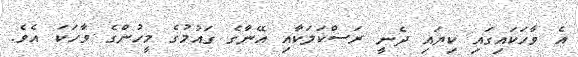
އެ ވާހަކައިގައި ކިޔައި ދެނީ ރަސްކަލަކާއި އޭނާގެ ގައުމުގެ މީހުންގެ ވާހަކަ އެވެ.